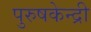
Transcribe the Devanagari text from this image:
पुरुषकेन्द्री